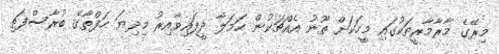
މިރޭގެ މާރާމާރީތަކުގައި މީހަކަށް ތޫނު އެއްޗަކުން ހަމަލާ ދީފައިވާއިރު މިދިޔަ ހަފްތާގެ ބުރާސްފަތި